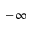
- \infty